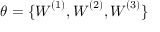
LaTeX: \theta = \{ { \boldsymbol { W } } ^ { ( 1 ) } , { \boldsymbol { W } } ^ { ( 2 ) } , { \boldsymbol { W } } ^ { ( 3 ) } \}